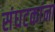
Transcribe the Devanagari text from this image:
संघटकांना